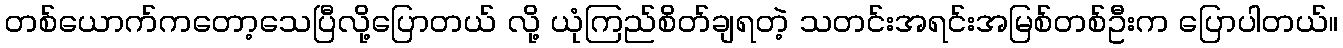
တစ်ယောက်ကတော့သေပြီလို့ပြောတယ် လို့ ယုံကြည်စိတ်ချရတဲ့ သတင်းအရင်းအမြစ်တစ်ဦးက ပြောပါတယ်။